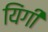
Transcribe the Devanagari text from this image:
यिंगी